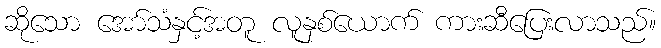
ဆိုသော အော်သံနှင့်အတူ လူနှစ်ယောက် ကားဆီပြေးလာသည်။